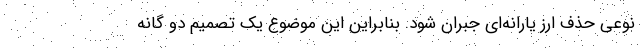
نوعی حذف ارز یارانه‌ای جبران شود. بنابراین این موضوع یک تصمیم دو گانه